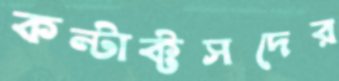
কন্টাক্টসদের